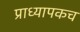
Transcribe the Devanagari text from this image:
प्राध्यापकच